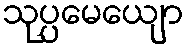
သုပ္ပမေယျော